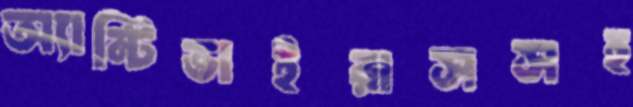
অ্যান্টিভাইরাসসহ